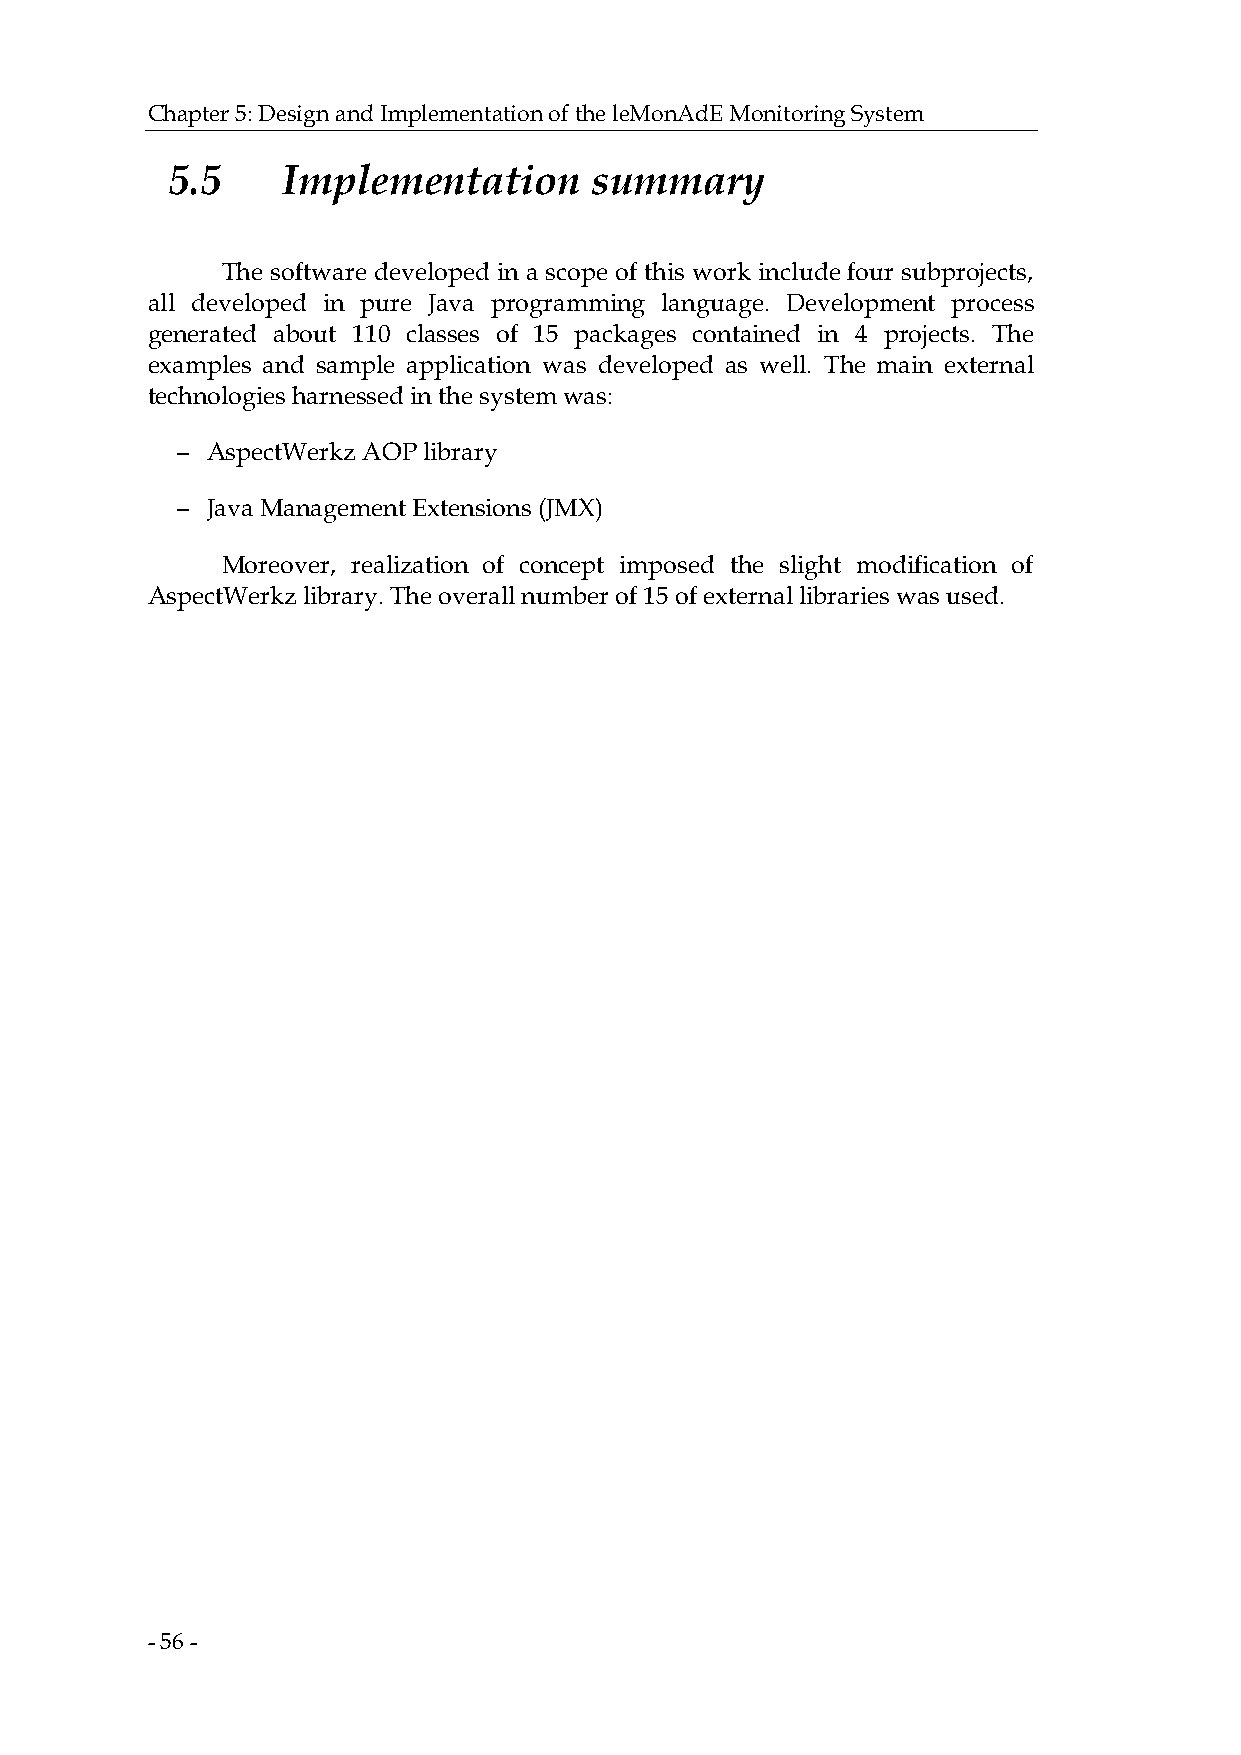
Chapter 5: Design and Implementation of the leMonAdE Monitoring System
 5.5     Implementation      summary
 The software developed in a scope of this work include four subprojects,
 all developed in pure Java programming language. Development process
 generated about 110 classes of 15 packages contained in 4 projects. The
 examples and sample application was developed as well. The main external
 technologies harnessed in the system was:
 − AspectWerkz AOP library
 − Java Management Extensions (JMX)
 Moreover, realization of concept imposed the slight modification of
 AspectWerkz library. The overall number of 15 of external libraries was used.
 - 56 -